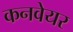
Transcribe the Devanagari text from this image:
कनवेयर